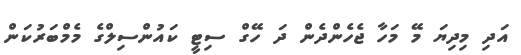
އަދި މިދިޔަ މޭ މަހާ ޖެހެންދެން ދަ ހޭގް ސިޓީ ކައުންސިލްގެ މެމްބަރުކަން